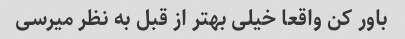
باور کن واقعا خیلی بهتر از قبل به نظر میرسی